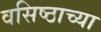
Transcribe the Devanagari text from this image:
वसिष्ठाच्या